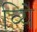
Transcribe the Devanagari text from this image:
व्यिे